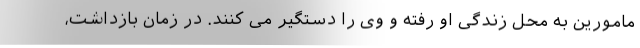
مامورین به محل زندگی او رفته و وی را دستگیر می کنند. در زمان بازداشت،